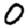
Digit: 0